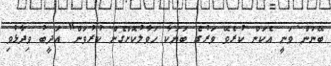
ބޭނުން ވަނީ އެކަން ކުރެވޭ ވަރުގެ ބަޔަކާ ހަވާލުކޮށްގެން ކުރުވަން" އަދީބު ވިދާޅުވި